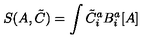
S ( A , { \tilde { C } } ) = \int { \tilde { C } } _ { i } ^ { a } B _ { i } ^ { a } [ A ]